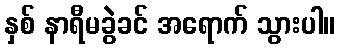
နှစ် နာရီမခွဲခင် အရောက် သွားပါ။